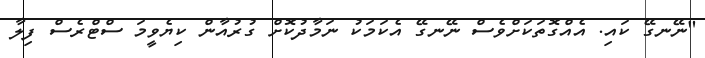
"ނޭނގޭ ކައި. އެއްގޮތަކަށްވެސް ނޭނގޭ އެކަމަކު ނަމާދުކޮށް ގުރުއާން ކިޔެވީމަ ސްޓްރެސް ފިލާ